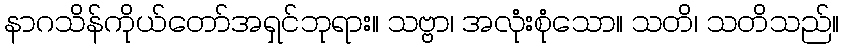
နာဂသိန်ကိုယ်တော်အရှင်ဘုရား။ သဗ္ဗာ၊ အလုံးစုံသော။ သတိ၊ သတိသည်။